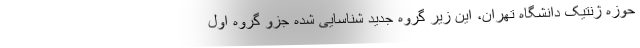
حوزه ژنتیک دانشگاه تهران، این زیر گروه جدید شناسایی شده جزو گروه اول